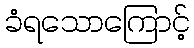
ခံရသောကြောင့်